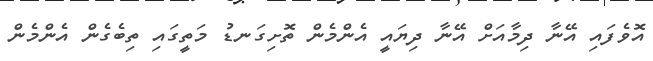
އޮވެފައި އޭނާ ދިމާއަށް އޭނާ ދިޔައީ އެންމެން ތޮށިގަނޑު މަތީގައި ތިބެގެން އެންމެން